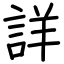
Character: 詳